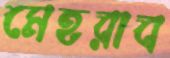
মেহরাব